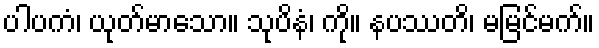
ပါပကံ၊ ယုတ်မာသော။ သုပိနံ၊ ကို။ နပဿတိ၊ မမြင်မက်။